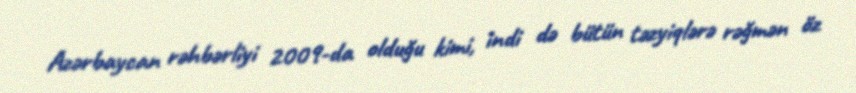
Azərbaycan rəhbərliyi 2009-da olduğu kimi, indi də bütün təzyiqlərə rəğmən öz